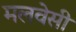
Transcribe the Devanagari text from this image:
मलवेसी